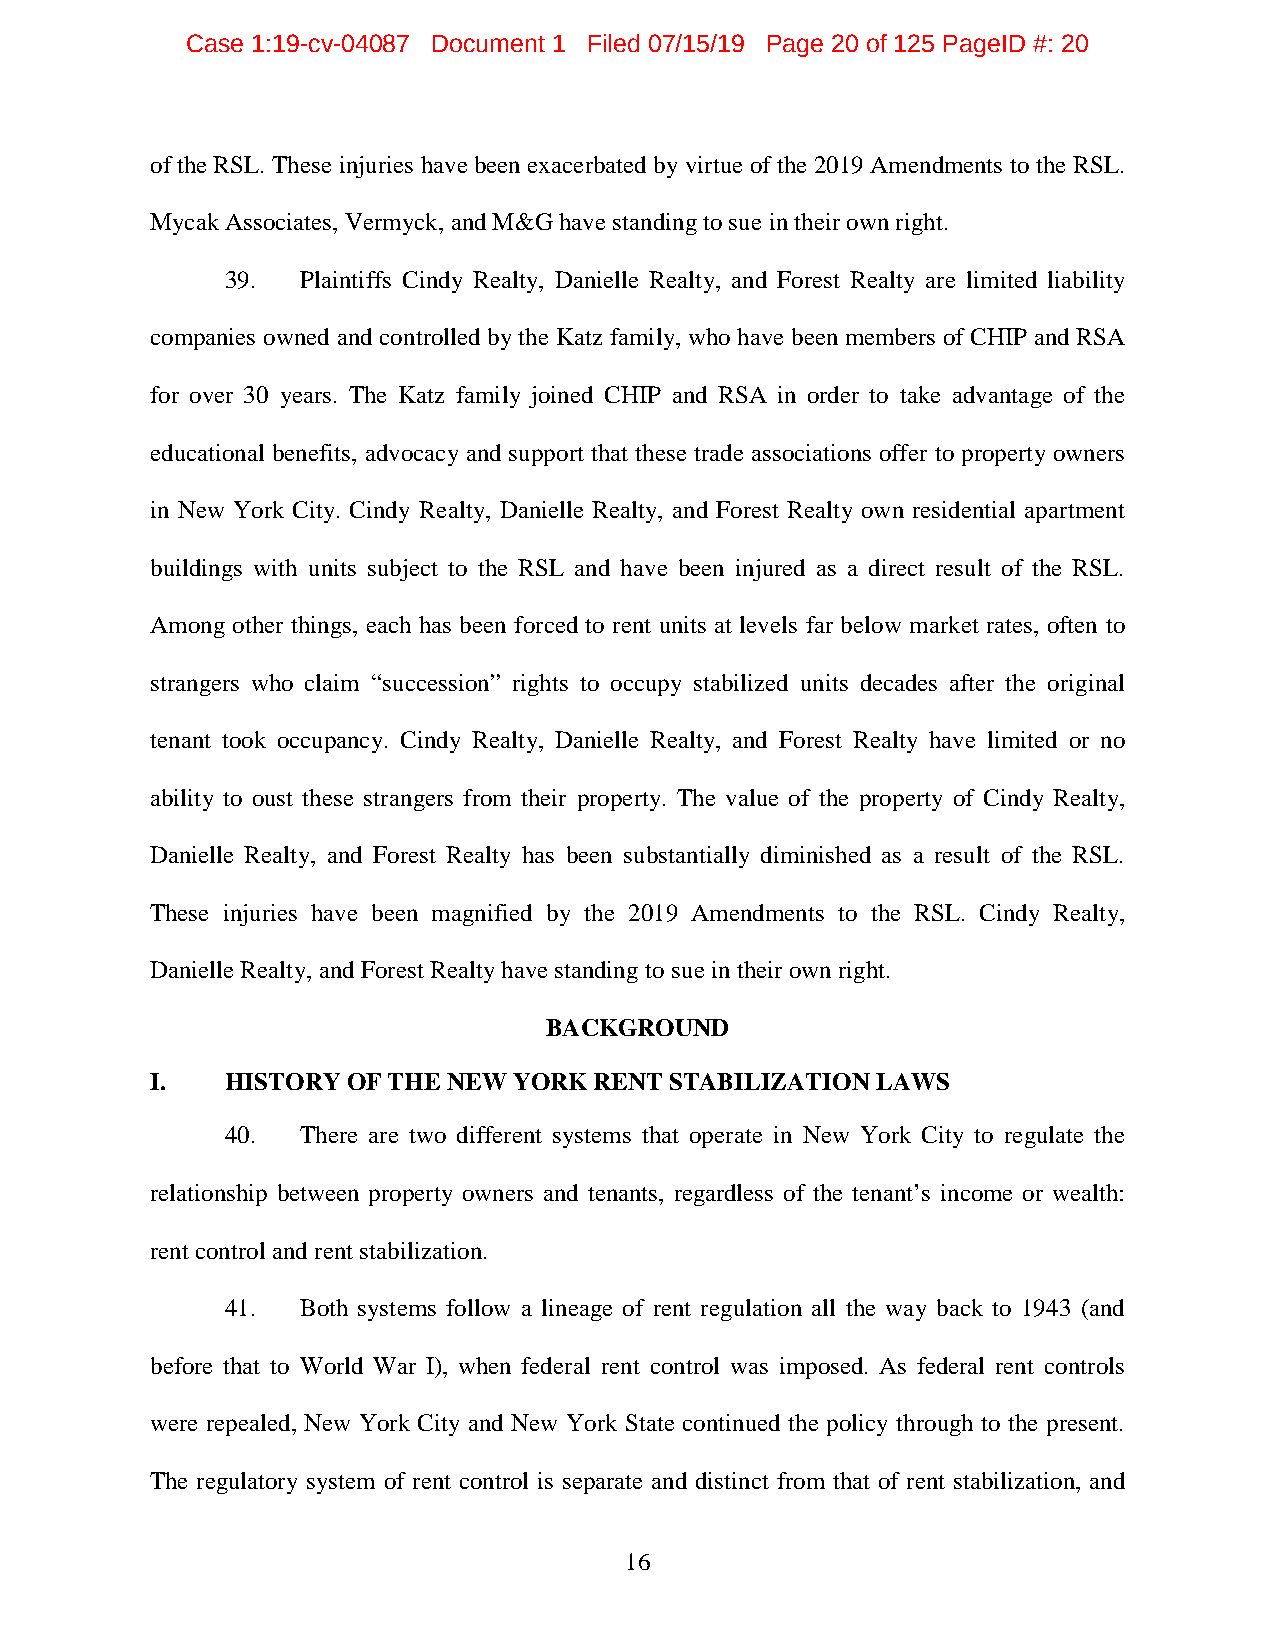
Case 1:19-cv-04087 Document 1 Filed 07/15/19 Page 20 of 125 PageID #: 20
 of the RSL. These injuries have been exacerbated by virtue of the 2019 Amendments to the RSL.
 Mycak Associates, Vermyck, and M&G have standing to sue in their own right.
 39.  Plaintiffs Cindy Realty, Danielle Realty, and Forest Realty are limited liability
 companies owned and controlled by the Katz family, who have been members of CHIP and RSA
 for over 30 years. The Katz family joined CHIP and RSA in order to take advantage of the
 educational benefits, advocacy and support that these trade associations offer to property owners
 in New York City. Cindy Realty, Danielle Realty, and Forest Realty own residential apartment
 buildings with units subject to the RSL and have been injured as a direct result of the RSL.
 Among other things, each has been forced to rent units at levels far below market rates, often to
 strangers who claim “succession” rights to occupy stabilized units decades after the original
 tenant took occupancy. Cindy Realty, Danielle Realty, and Forest Realty have limited or no
 ability to oust these strangers from their property. The value of the property of Cindy Realty,
 Danielle Realty, and Forest Realty has been substantially diminished as a result of the RSL.
 These injuries have been magnified by the 2019 Amendments to the RSL. Cindy Realty,
 Danielle Realty, and Forest Realty have standing to sue in their own right.
 BACKGROUND
 I.   HISTORY OF THE NEW YORK RENT STABILIZATION LAWS
 40.  There are two different systems that operate in New York City to regulate the
 relationship between property owners and tenants, regardless of the tenant’s income or wealth:
 rent control and rent stabilization.
 41.  Both systems follow a lineage of rent regulation all the way back to 1943 (and
 before that to World War I), when federal rent control was imposed. As federal rent controls
 were repealed, New York City and New York State continued the policy through to the present.
 The regulatory system of rent control is separate and distinct from that of rent stabilization, and
 16